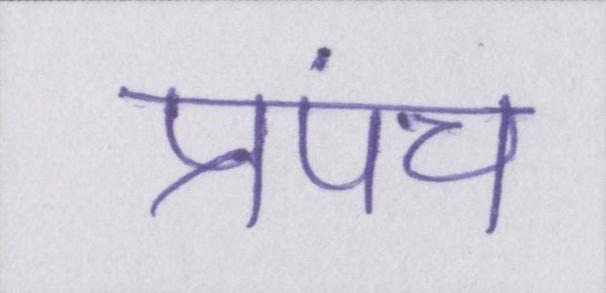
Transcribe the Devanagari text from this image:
प्रपंच